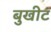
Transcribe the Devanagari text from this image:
बुखीट